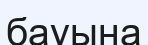
бауына